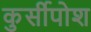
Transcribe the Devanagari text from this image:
कुर्सीपोश